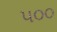
૫૦૦